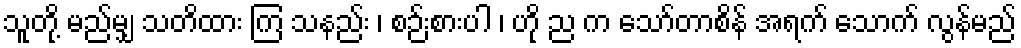
သူတို့ မည်မျှ သတိထား ကြ သနည်း ၊ စဉ်းစားပါ ၊ ဟို ည က သော်တာစိန် အရက် သောက် လွန်မည်